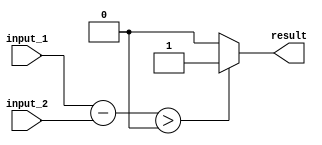
module greater_than_comparator (
    input wire [7:0] input_1,
    input wire [7:0] input_2,
    output wire result
);

wire [7:0] subtraction_result;

assign subtraction_result = input_1 - input_2;

assign result = (subtraction_result > 0) ? 1'b1 : 1'b0;

endmodule